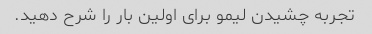
تجربه چشیدن لیمو برای اولین بار را شرح دهید.